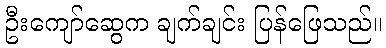
ဦးကျော်ဆွေက ချက်ချင်း ပြန်ဖြေသည်။